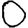
Digit: 0